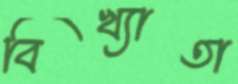
বিখ্যাতা